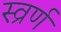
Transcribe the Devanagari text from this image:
स्व्रर्ण